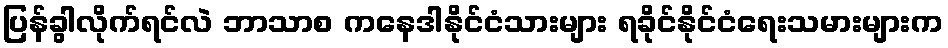
ပြန်ခွါလိုက်ရင်လဲ ဘာသာစ ကနေဒါနိုင်ငံသားများ ရခိုင်နိုင်ငံရေးသမားများက